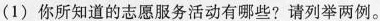
（1） 你所知道的支援服务活动有哪些？请列举两例。